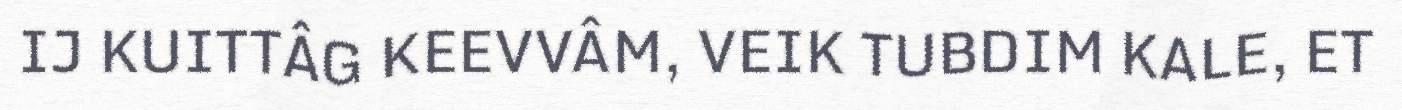
IJ KUITTÂG KEEVVÂM, VEIK TUBDIM KALE, ET